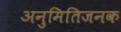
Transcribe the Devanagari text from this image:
अनुमितिजनक